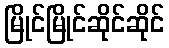
မြိုင်မြိုင်ဆိုင်ဆိုင်